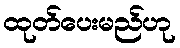
ထုတ်ပေးမည်ဟု